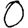
Digit: 0